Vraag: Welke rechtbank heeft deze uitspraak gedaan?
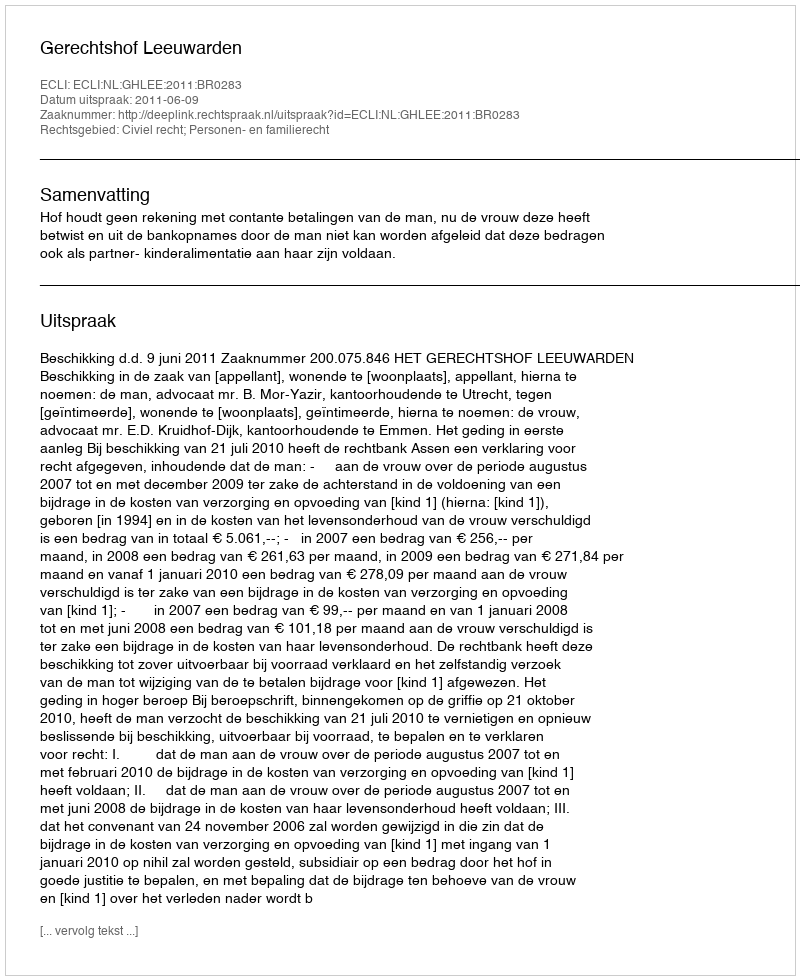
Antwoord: Gerechtshof Leeuwarden